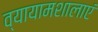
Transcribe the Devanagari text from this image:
व्यायामशालाएं